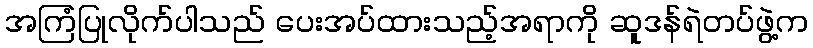
အကြံပြုလိုက်ပါသည် ပေးအပ်ထားသည့်အရာကို ဆူဒန်ရဲတပ်ဖွဲ့က